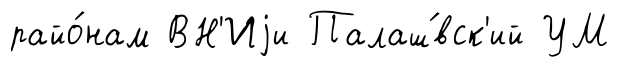
райо́нам ВН'Иjи Палаш́вск'ий УМ